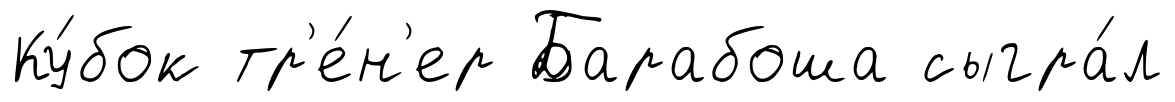
Ку́бок тр'е́н'ер Барабоша сыгра́л